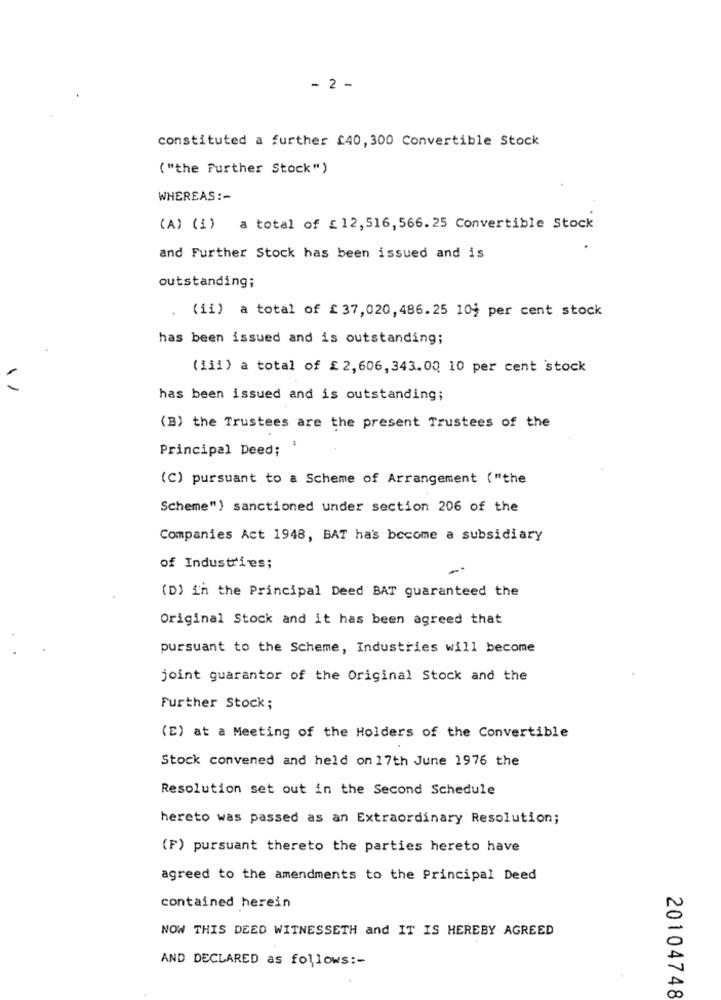
- 2 -
constituted a further £40, 300 Convertible Stock
( "the Further Stock")
WHEREAS :-
(A) (1) a total of £12,516,566.25 Convertible Stock
and Further Stock has been issued and is
outstanding;
(ii) a total of £ 37,020,486.25 10% per cent stock
has been issued and is outstanding;
(iii) a total of £ 2,606, 343.00 10 per cent stock
has been issued and is outstanding;
(B) the Trustees are the present Trustees of the
Principal Deed;
(C) pursuant to a Scheme of Arrangement ("the
Scheme") sanctioned under section 206 of the
Companies Act 1948, BAT has become a subsidiary
of Industries;
(D) in the Principal Deed BAT guaranteed the
Original Stock and it has been agreed that
pursuant to the Scheme, Industries will become
joint guarantor of the Original Stock and the
Further Stock;
(E) at a Meeting of the Holders of the Convertible
Stock convened and held on 17th June 1976 the
Resolution set out in the Second Schedule
hereto was passed as an Extraordinary Resolution;
(F) pursuant thereto the parties hereto have
agreed to the amendments to the Principal Deed
contained herein
NOW THIS DEED WITNESSETH and IT IS HEREBY AGREED
AND DECLARED as follows :-
20104748